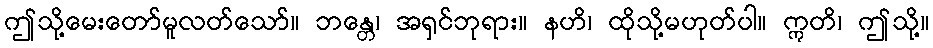
ဤသို့မေးတော်မူလတ်သော်။ ဘန္တေ၊ အရှင်ဘုရား။ နဟိ၊ ထိုသို့မဟုတ်ပါ။ ဣတိ၊ ဤသို့။